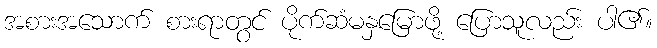
အစားအသောက် စားရာတွင် ပိုက်ဆံမနှမြောဖို့ ပြောသူလည်း ပါ၏။